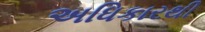
અધિકારથી